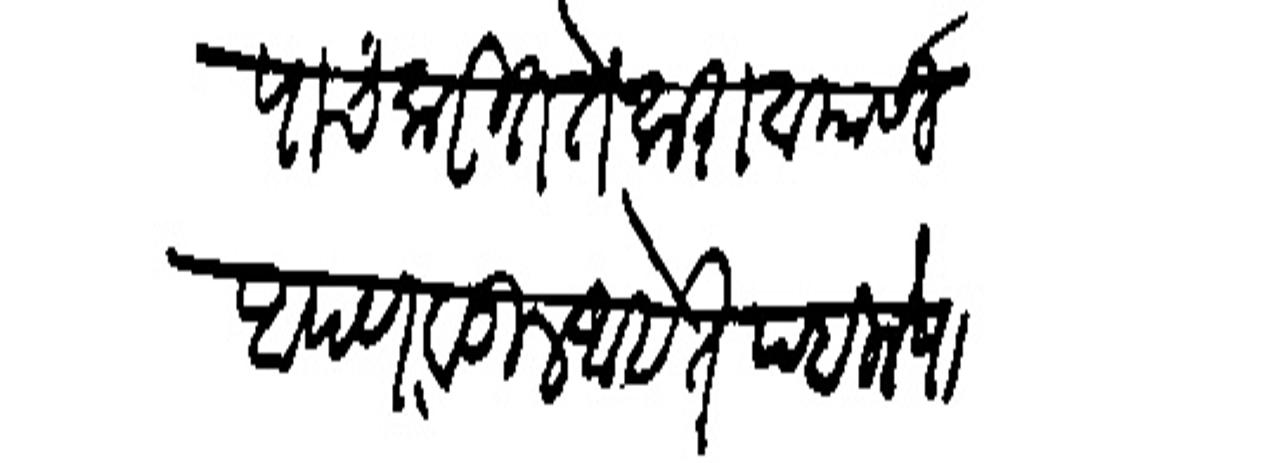
Transliteration (Devanagari): पाच करीत ते करावयासी आपण वडील आहेत पहिलेपा